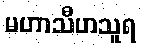
မဟာသီဟသူရ